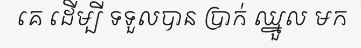
គេ ដើម្បី ទទួលបាន ប្រាក់ ឈ្នួល មក